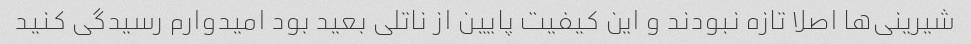
شیرینی‌ها اصلا تازه نبودند و این کیفیت پایین از ناتلی بعید بود امیدوارم رسیدگى کنید